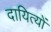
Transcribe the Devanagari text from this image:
दायित्यों